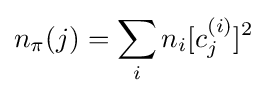
n_{\pi }(j)=\sum _{i}n_{i}[c_{j}^{(i)}]^{2}